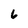
Character: 6